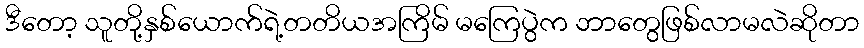
ဒီတော့ သူတို့နှစ်ယောက်ရဲ့တတိယအကြိမ် မကြေပွဲက ဘာတွေဖြစ်လာမလဲဆိုတာ